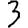
Digit: 3